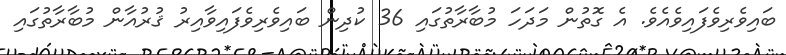
ބައިވެރިވެފައިވެއެވެ. އެ ގޮތުން މަދަހަ މުބާރާތުގައި 36 ކުދިން ބައިވެރިވެފައިވާއިރު ޤުރުއާން މުބާރާތުގައި